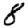
Digit: 8